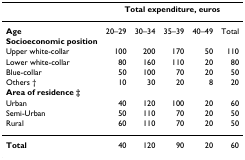
<table><thead><tr><td></td><td colspan="5"><b>Total expenditure, euros</b></td></tr></thead><tbody><tr><td><b>Age</b></td><td>20–29</td><td>30–34</td><td>35–39</td><td>40–49</td><td>Total</td></tr><tr><td><b>Socioeconomic position</b></td><td></td><td></td><td></td><td></td><td></td></tr><tr><td>Upper white-collar</td><td>100</td><td>200</td><td>170</td><td>50</td><td>110</td></tr><tr><td>Lower white-collar</td><td>80</td><td>160</td><td>110</td><td>20</td><td>80</td></tr><tr><td>Blue-collar</td><td>50</td><td>100</td><td>70</td><td>20</td><td>50</td></tr><tr><td>Others †</td><td>10</td><td>30</td><td>20</td><td>8</td><td>20</td></tr><tr><td><b>Area of residence ‡</b></td><td></td><td></td><td></td><td></td><td></td></tr><tr><td>Urban</td><td>40</td><td>120</td><td>100</td><td>20</td><td>60</td></tr><tr><td>Semi-Urban</td><td>50</td><td>110</td><td>70</td><td>20</td><td>50</td></tr><tr><td>Rural</td><td>60</td><td>110</td><td>70</td><td>20</td><td>50</td></tr><tr><td><b>Total</b></td><td>40</td><td>120</td><td>90</td><td>20</td><td>60</td></tr></tbody></table>